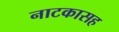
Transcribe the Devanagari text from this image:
नाटकासह